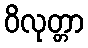
ဝိလုတ္တာ